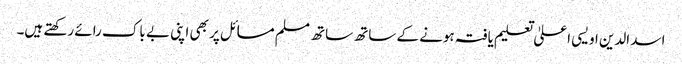
اسد الدین اویسی اعلیٰ تعلیم یافتہ ہونے کے ساتھ ساتھ مسلم مسائل پر بھی اپنی بے باک رائے رکھتے ہیں۔